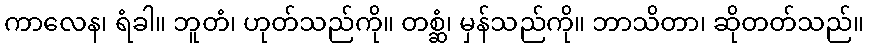
ကာလေန၊ ရံခါ။ ဘူတံ၊ ဟုတ်သည်ကို။ တစ္ဆံ၊ မှန်သည်ကို။ ဘာသိတာ၊ ဆိုတတ်သည်။